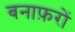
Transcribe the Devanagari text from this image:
बनाफ़रों